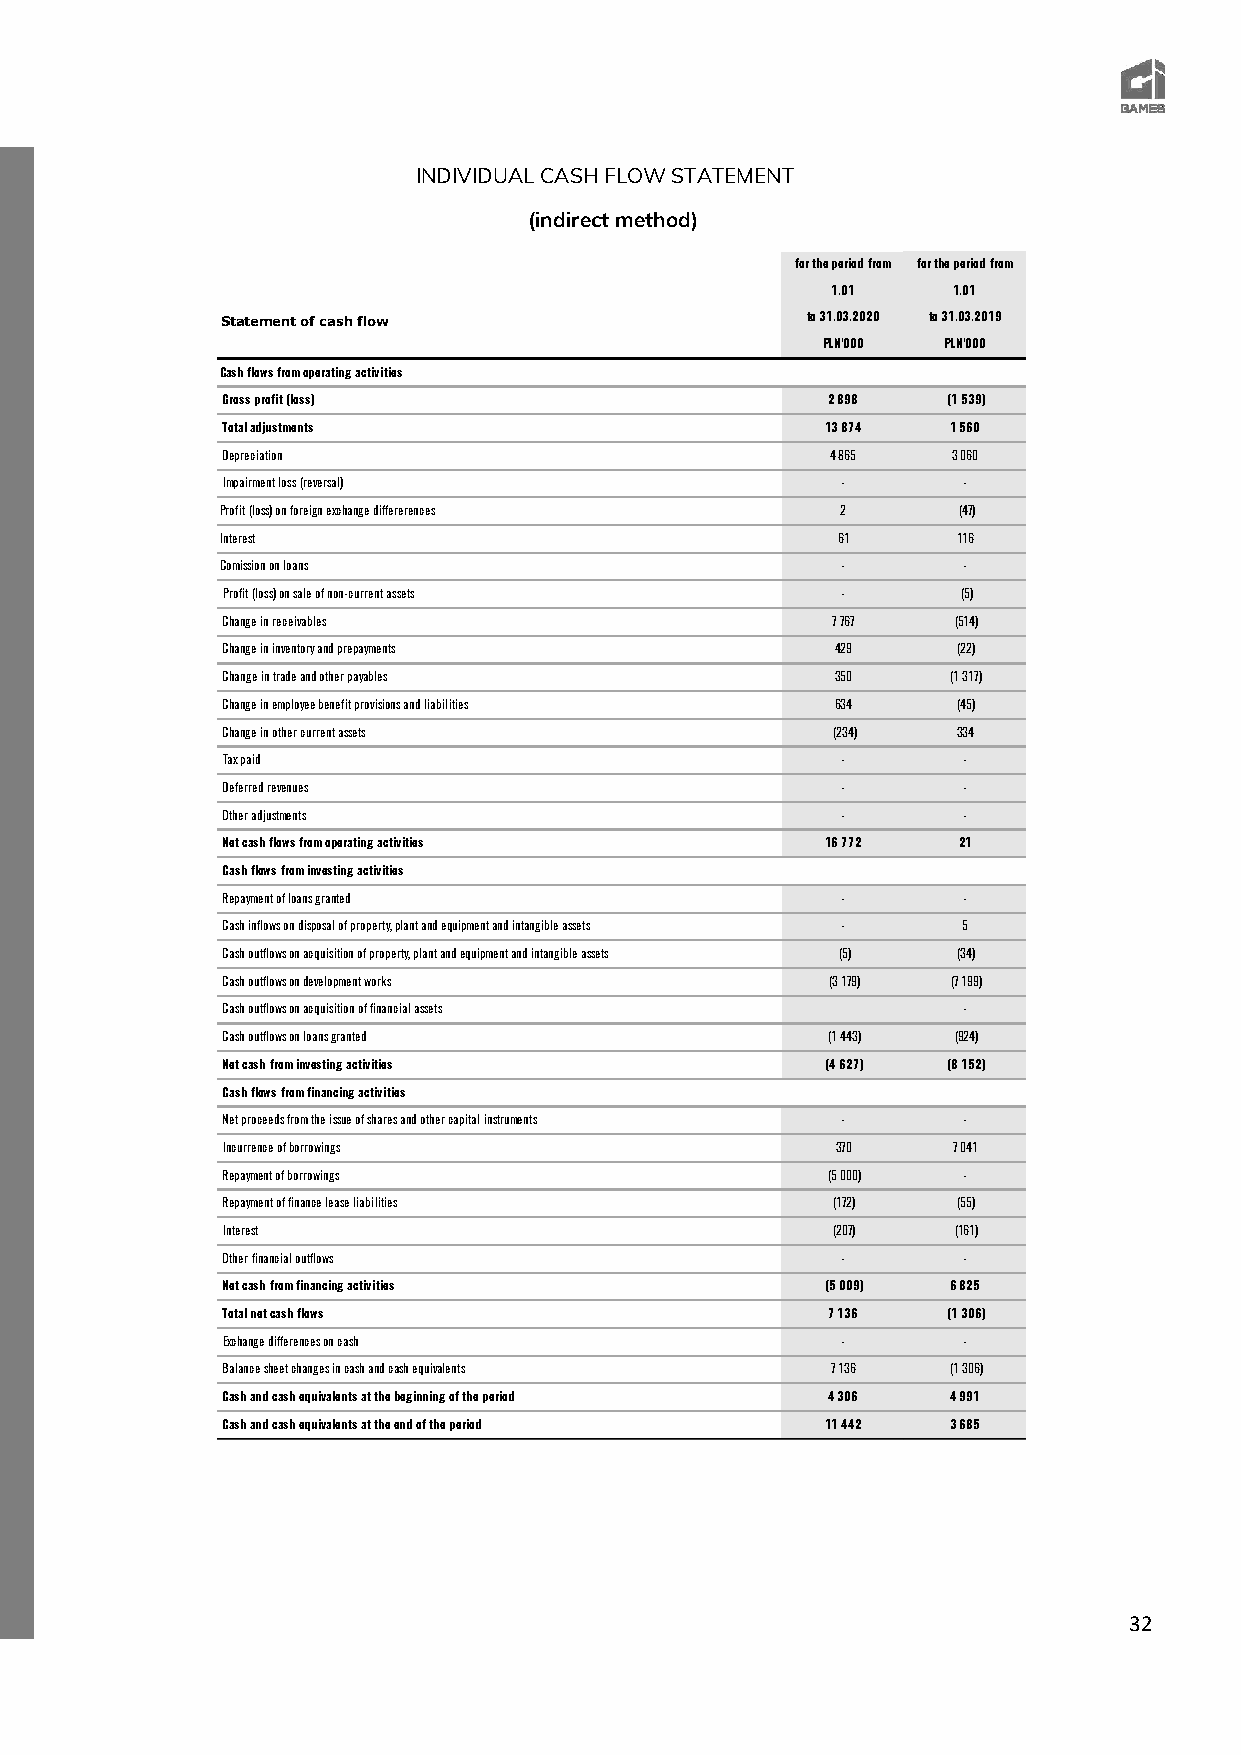
INDIVIDUAL CASH FLOW STATEMENT
 (indirect method)
 for the period from for the period from
 1.01    1.01
 Statement of cash flow                to 31.03.2020 to 31.03.2019
 PLN'000 PLN'000
 Cash flows from operating activities
 Gross profit (loss)                     2 898   (1 539)
 Total adjustments                       13 874  1 560
 Depreciation                            4 865   3 060
 Impairment loss (reversal)               -       -
 Profit (loss) on foreign exchange differerences 2 (47)
 Interest                                61      116
 Comission on loans                       -       -
 Profit (loss) on sale of non-current assets -    (5)
 Change in receivables                   7 767   (514)
 Change in inventory and prepayments     429     (22)
 Change in trade and other payables      350     (1 317)
 Change in employee benefit provisions and liabilities 634 (45)
 Change in other current assets          (234)   334
 Tax paid                                 -       -
 Deferred revenues                        -       -
 Other adjustments                        -       -
 Net cash flows from operating activities 16 772 21
 Cash flows from investing activities
 Repayment of loans granted               -       -
 Cash inflows on disposal of property, plant and equipment and intangible assets - 5
 Cash outflows on acquisition of property, plant and equipment and intangible assets (5) (34)
 Cash outflows on development works      (3 179) (7 199)
 Cash outflows on acquisition of financial assets -
 Cash outflows on loans granted          (1 443) (924)
 Net cash from investing activities      (4 627) (8 152)
 Cash flows from financing activities
 Net proceeds from the issue of shares and other capital instruments - -
 Incurrence of borrowings                370     7 041
 Repayment of borrowings                 (5 000)  -
 Repayment of finance lease liabilities  (172)   (55)
 Interest                                (207)   (161)
 Other financial outflows                 -       -
 Net cash from financing activities      (5 009) 6 825
 Total net cash flows                    7 136   (1 306)
 Exchange differences on cash             -       -
 Balance sheet changes in cash and cash equivalents 7 136 (1 306)
 Cash and cash equivalents at the beginning of the period 4 306 4 991
 Cash and cash equivalents at the end of the period 11 442 3 685
 32